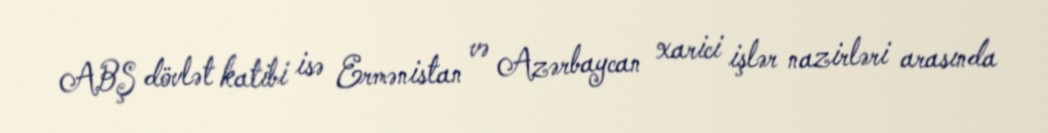
ABŞ dövlət katibi isə Ermənistan və Azərbaycan xarici işlər nazirləri arasında